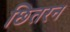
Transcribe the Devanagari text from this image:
छितरन